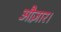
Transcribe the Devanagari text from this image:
औज़ार।